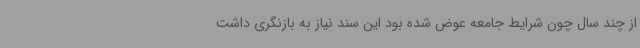
از چند سال‌ چون شرایط جامعه عوض شده بود این سند نیاز به بازنگری داشت